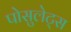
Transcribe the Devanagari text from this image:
पोसुलेट्स